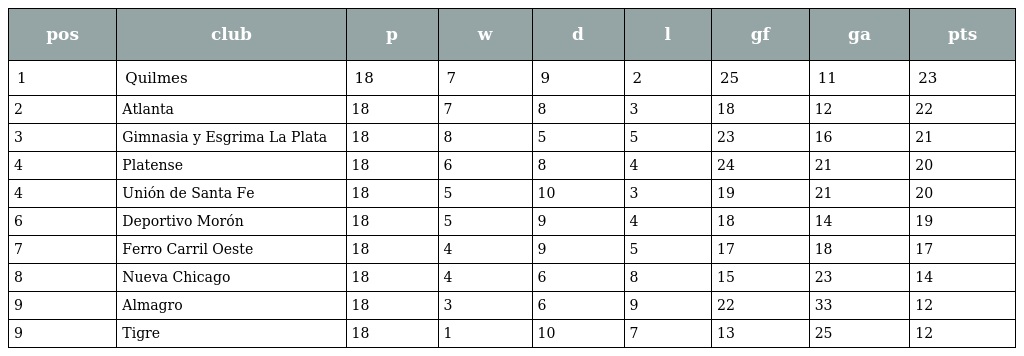
| pos | club | p | w | d | l | gf | ga | pts |
 | --- | --- | --- | --- | --- | --- | --- | --- | --- |
 | 1 | Quilmes | 18 | 7 | 9 | 2 | 25 | 11 | 23 |
 | 2 | Atlanta | 18 | 7 | 8 | 3 | 18 | 12 | 22 |
 | 3 | Gimnasia y Esgrima La Plata | 18 | 8 | 5 | 5 | 23 | 16 | 21 |
 | 4 | Platense | 18 | 6 | 8 | 4 | 24 | 21 | 20 |
 | 4 | Unión de Santa Fe | 18 | 5 | 10 | 3 | 19 | 21 | 20 |
 | 6 | Deportivo Morón | 18 | 5 | 9 | 4 | 18 | 14 | 19 |
 | 7 | Ferro Carril Oeste | 18 | 4 | 9 | 5 | 17 | 18 | 17 |
 | 8 | Nueva Chicago | 18 | 4 | 6 | 8 | 15 | 23 | 14 |
 | 9 | Almagro | 18 | 3 | 6 | 9 | 22 | 33 | 12 |
 | 9 | Tigre | 18 | 1 | 10 | 7 | 13 | 25 | 12 |